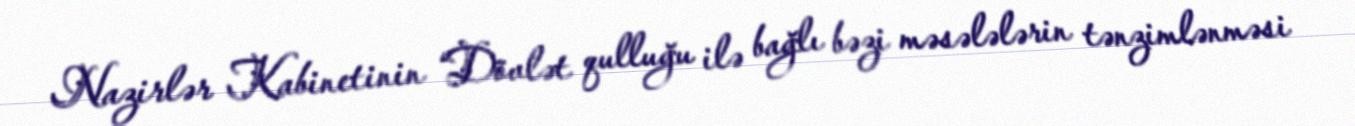
Nazirlər Kabinetinin “Dövlət qulluğu ilə bağlı bəzi məsələlərin tənzimlənməsi